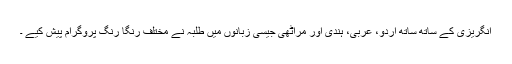
انگریزی کے ساتھ ساتھ اردو، عربی، ہندی اور مراٹھی جیسی زبانوں میں طلبہ نے مختلف رنگا رنگ پروگرام پیش کیے ۔